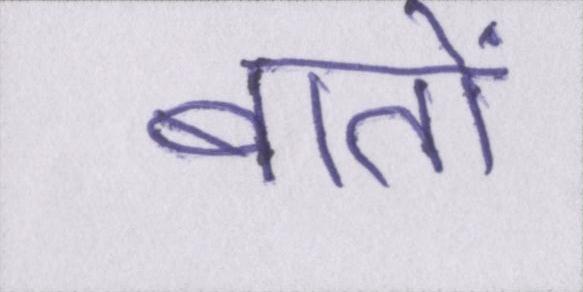
बातों